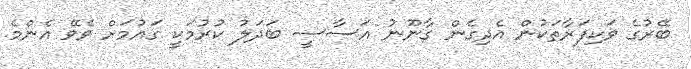
ބޭރުގެ ވަކިފަރާތަކުން އެދިގެން ގާނޫނު އަސާސީ ބަދަލު ކުރުމަކީ ގައުމަށް ވެވޭ އެންމެ